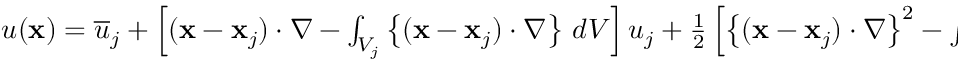
\begin{array} { r } { u ( { \bf x } ) = \overline { { u } } _ { j } + \left[ ( { \bf x } - { \bf x } _ { j } ) \cdot \nabla - \int _ { V _ { j } } \left\{ ( { \bf x } - { \bf x } _ { j } ) \cdot \nabla \right\} \, d V \right] u _ { j } + \frac { 1 } { 2 } \left[ \left\{ ( { \bf x } - { \bf x } _ { j } ) \cdot \nabla \right\} ^ { 2 } - \int _ { V _ { j } } \left\{ ( { \bf x } - { \bf x } _ { j } ) \cdot \nabla \right\} ^ { 2 } d V \right] u _ { j } , } \end{array}